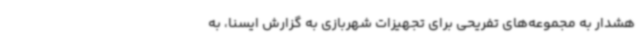
هشدار به مجموعه‌های تفریحی برای تجهیزات شهربازی به گزارش ایسنا، به